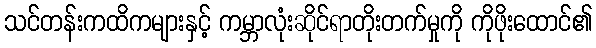
သင်တန်းကထိကများနှင့် ကမ္ဘာလုံးဆိုင်ရာတိုးတက်မှုကို ကိုဖိုးထောင်၏